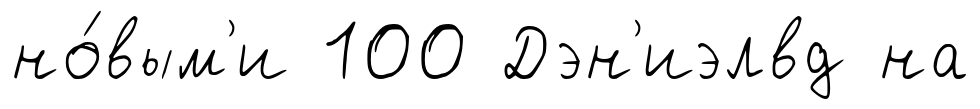
но́вым'и 100 Дэн'иэлвд на